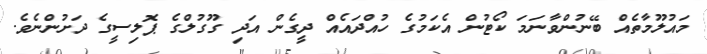
މައުލޫމާތެއް ބޭނުންވާނަމަ ކޯޓުން އެކަމުގެ ހުއްދައެއް ދީގެން އަދި ގޫގުލްގެ ޕޮލިސީގެ ދަށުންނެވެ.